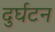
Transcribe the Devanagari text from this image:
दुर्घटन